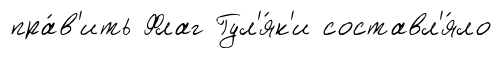
пра́в'ить Флаг Гул'я́к'и составл'я́ло